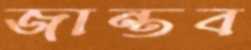
জান্তব